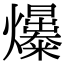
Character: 𤒺